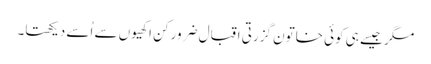
مگر جیسے ہی کوئی خاتون گزرتی اقبال ضرور کن اکھیوں سے اُسے دیکھتا۔